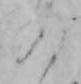
の